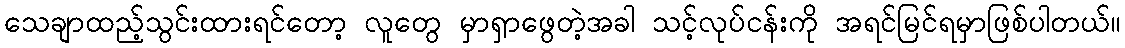
သေချာထည့်သွင်းထားရင်တော့ လူတွေ မှာရှာဖွေတဲ့အခါ သင့်လုပ်ငန်းကို အရင်မြင်ရမှာဖြစ်ပါတယ်။